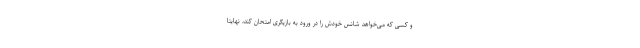
و کسی که می‌خواهد شانس خودش را در ورود به بازیگری امتحان کند، نهایتا